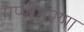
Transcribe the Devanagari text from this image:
गप्पीष्टपणा